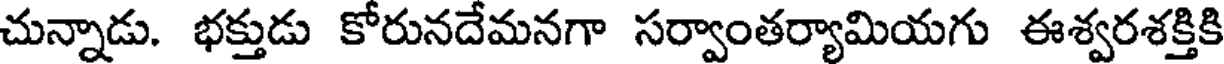
చున్నాడు. భక్తుడు కోరునదేమనగా సర్వాంతర్యామియగు ఈశ్వరశక్తికి